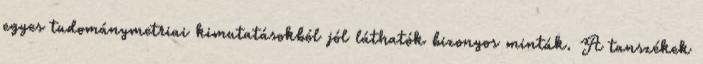
egyes tudománymetriai kimutatásokból jól láthatók bizonyos minták. A tanszékek